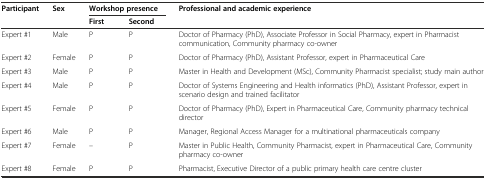
| <ROWSPAN=2> Participant | <ROWSPAN=2> Sex | <COLSPAN=2> Workshop presence | <ROWSPAN=2> Professional and academic experience |
 | First | Second |
 | --- | --- | --- | --- | --- |
 | Expert #1 | Male | P | P | Doctor of Pharmacy (PhD), Associate Professor in Social Pharmacy, expert in Pharmacist communication, Community pharmacy co-owner |
 | Expert #2 | Female | P | P | Doctor of Pharmacy (PhD), Assistant Professor, expert in Pharmaceutical Care |
 | Expert #3 | Male | P | P | Master in Health and Development (MSc), Community Pharmacist specialist; study main author |
 | Expert #4 | Male | P | P | Doctor of Systems Engineering and Health informatics (PhD), Assistant Professor, expert in scenario design and trained facilitator |
 | Expert #5 | Female | P | P | Doctor of Pharmacy (PhD), Expert in Pharmaceutical Care, Community pharmacy technical director |
 | Expert #6 | Male | P | P | Manager, Regional Access Manager for a multinational pharmaceuticals company |
 | Expert #7 | Female | – | P | Master in Public Health, Community Pharmacist, expert in Pharmaceutical Care, Community pharmacy co-owner |
 | Expert #8 | Female | P | P | Pharmacist, Executive Director of a public primary health care centre cluster |